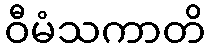
ဝီမံသကာတိ